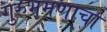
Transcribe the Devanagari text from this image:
गुरुभ्रमणाचा